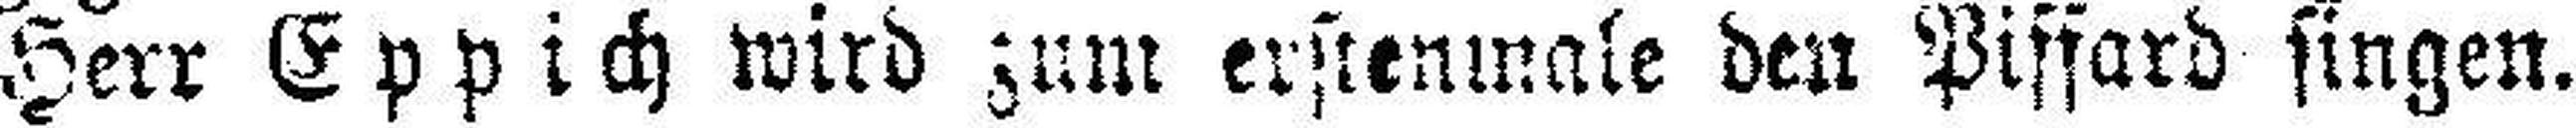
Herr Eppich wird zum erstenmale den Piffard singen.